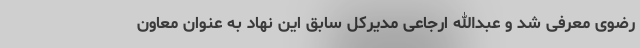
رضوی معرفی شد و عبدالله ارجاعی مدیرکل سابق این نهاد به عنوان معاون